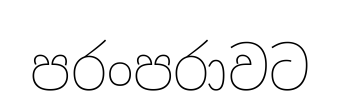
පරංපරාවට